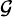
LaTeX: \scriptstyle{\mathcal{G}}